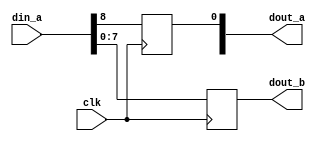
module mem2reg_test3( input clk, input [8:0] din_a, output reg [7:0] dout_a, output [7:0] dout_b);
reg [7:0] dint_c [0:7];
always @(posedge clk)
  begin
      {dout_a[0], dint_c[3]} <= din_a;
  end
assign dout_b = dint_c[3];
endmodule